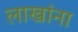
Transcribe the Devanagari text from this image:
लाखांना